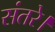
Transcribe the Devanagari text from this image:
संतरे।